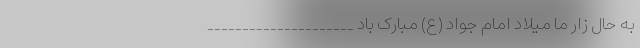
به حال زار ما میلاد امام جواد (ع) مبارک باد _____________________